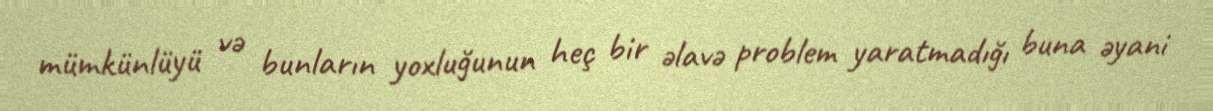
mümkünlüyü və bunların yoxluğunun heç bir əlavə problem yaratmadığı buna əyani